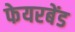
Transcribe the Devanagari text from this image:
फेयरबेंड